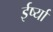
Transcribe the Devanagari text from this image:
ईर्ष्‍या